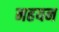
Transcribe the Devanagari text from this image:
नहयन